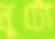
লুটো